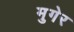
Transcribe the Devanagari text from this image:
मुगेर